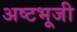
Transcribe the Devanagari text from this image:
अष्टभूजी